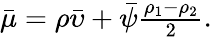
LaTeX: \begin{array}{r}{\bar{\mu}=\rho\bar{\upsilon}+\bar{\psi}\frac{\rho_{1}-\rho_{2}}{2}.}\end{array}